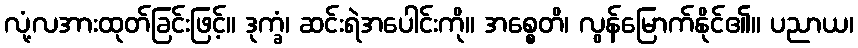
လုံ့လအားထုတ်ခြင်းဖြင့်။ ဒုက္ခံ၊ ဆင်းရဲအပေါင်းကို။ အစ္စေတိ၊ လွန်မြောက်နိုင်၏။ ပညာယ၊